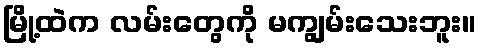
မြို့ထဲက လမ်းတွေကို မကျွမ်းသေးဘူး။